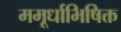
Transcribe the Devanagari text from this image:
ममूर्धाभिषिक्त